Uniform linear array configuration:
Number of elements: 4
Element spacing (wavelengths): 0.5
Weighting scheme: cosine
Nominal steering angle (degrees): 45
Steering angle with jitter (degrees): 43.508
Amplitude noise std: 0.05
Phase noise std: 0.05

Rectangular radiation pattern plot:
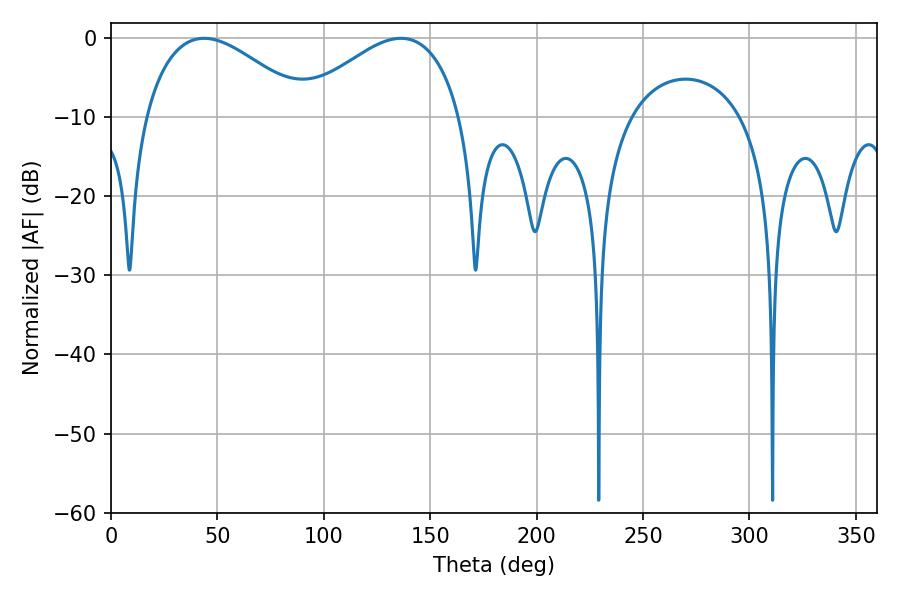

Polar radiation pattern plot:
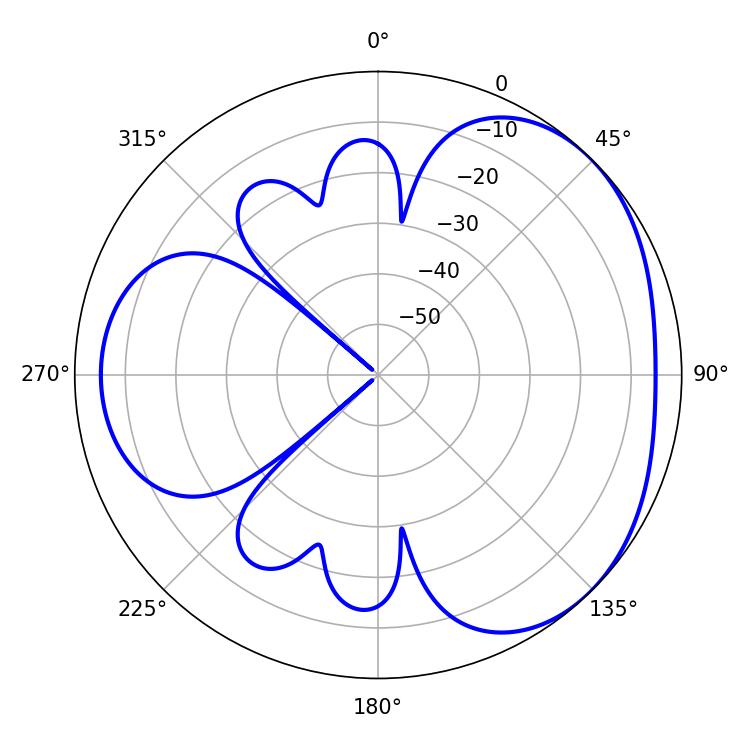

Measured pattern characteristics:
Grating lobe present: FALSE
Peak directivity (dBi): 3.34
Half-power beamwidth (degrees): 42.12
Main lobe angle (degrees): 43.74